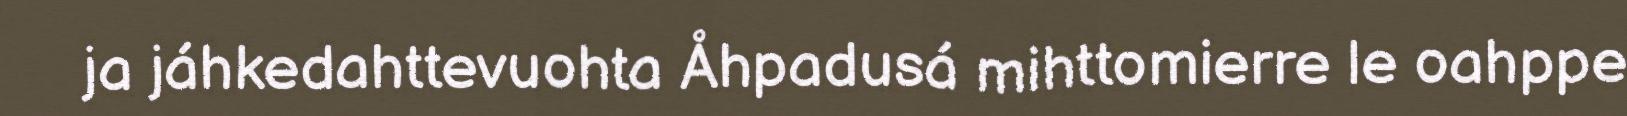
ja jáhkedahttevuohta Åhpadusá mihttomierre le oahppe